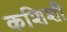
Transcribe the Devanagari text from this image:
कशिशी